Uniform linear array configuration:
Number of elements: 8
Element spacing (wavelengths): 0.5
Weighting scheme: exponential
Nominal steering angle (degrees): -60
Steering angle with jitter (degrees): -60.725
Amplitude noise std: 0.05
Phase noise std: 0.05

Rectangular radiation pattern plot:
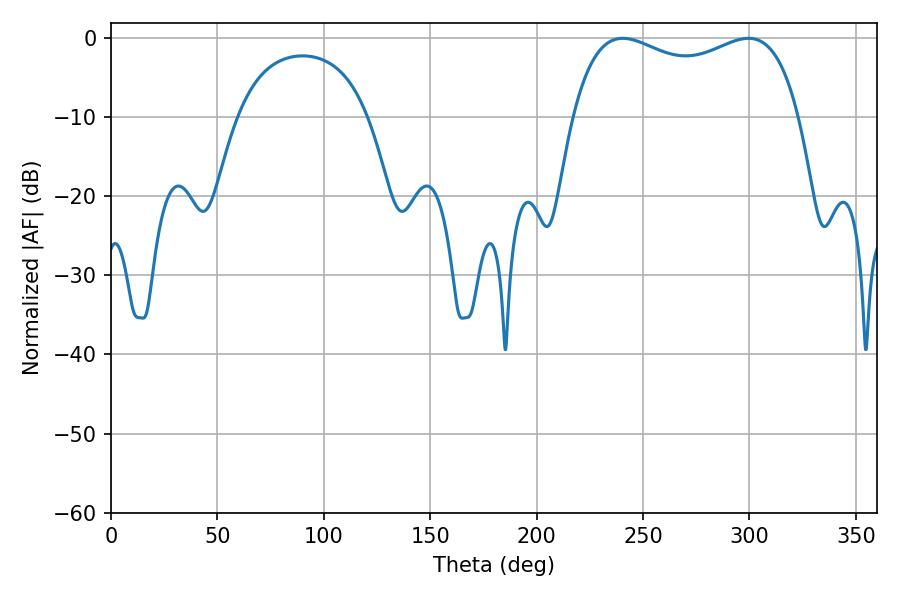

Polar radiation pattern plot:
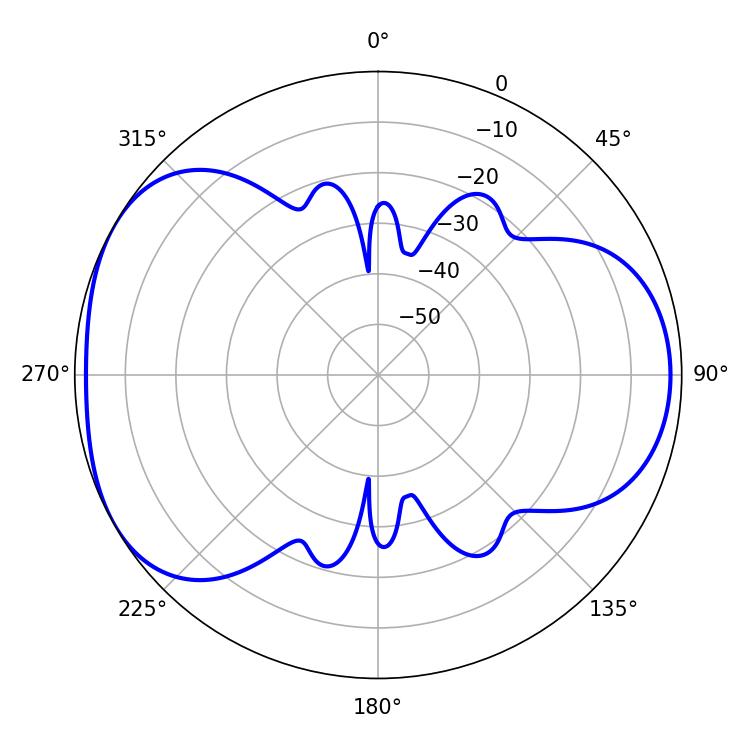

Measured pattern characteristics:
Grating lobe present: FALSE
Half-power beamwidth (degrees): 87.84
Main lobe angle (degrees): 240.48